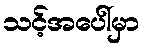
သင့်အပေါ်မှာ